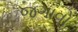
જગાવો